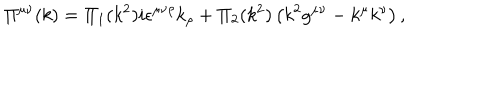
\Pi ^ { \mu \nu } ( k ) = \Pi _ { 1 } ( k ^ { 2 } ) i \epsilon ^ { \mu \nu \rho } k _ { \rho } + \Pi _ { 2 } ( k ^ { 2 } ) \left( k ^ { 2 } g ^ { \mu \nu } - k ^ { \mu } k ^ { \nu } \right) ,